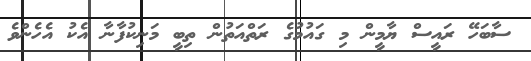
ސާބަހޭ ރައީސް ޔާމީން މި ގައުމުގެ ރަތްއަތުން ތިބީ މަނިކުފާނާ އެކު އެހެންވެ